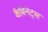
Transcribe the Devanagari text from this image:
कैबिनेट्स